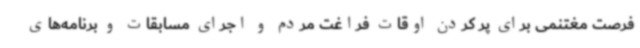
فرصت مغتنمی برای پر کردن اوقات فراغت مردم و اجرای مسابقات و برنامه‌های